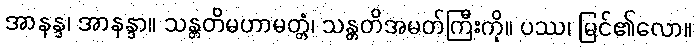
အာနန္ဒ၊ အာနန္ဒာ။ သန္တတိမဟာမတ္တံ၊ သန္တတိအမတ်ကြီးကို။ ပဿ၊ မြင်၏လော။